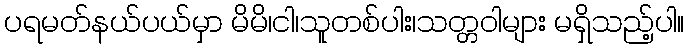
ပရမတ်နယ်ပယ်မှာ မိမိ၊ငါ၊သူတစ်ပါး၊သတ္တဝါများ မရှိသည့်ပါ။